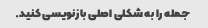
جمله را به شکلی اصلی بازنویسی کنید.